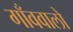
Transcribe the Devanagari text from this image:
गाँववालो